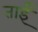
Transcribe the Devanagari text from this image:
ताईं